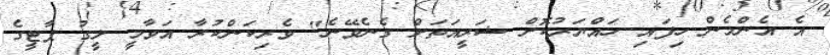
އެ އެންމެން ހިފައި ހައްޔަރުކޮށް ޝަރީއަތަށް ގެނެވޭނެ" ވެރިކަންކުރާ އަވާމީ ލީގު ޕާޓީގެ